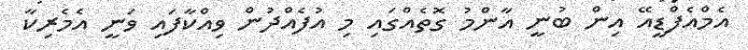
އެމްއެފްޑީއޭ އިން ބުނީ އާންމު ގޮތެއްގައި މި އުފެއްދުން ވިއްކާފައި ވަނީ އެމެރިކާ